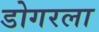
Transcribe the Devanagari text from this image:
डोगरला